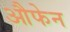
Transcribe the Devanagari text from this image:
औफेन